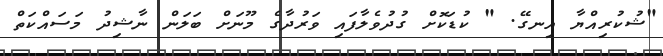
"ޝުކުރިއްޔާ އިނގޭ. " ކުޑަކޮށް ގުދުވެލާފައި ވަރުދާގެ މޫނަށް ބަލަން ނާޝިދު މަސައްކަތް